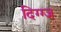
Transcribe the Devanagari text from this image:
दिग्ग्ज